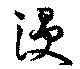
浸